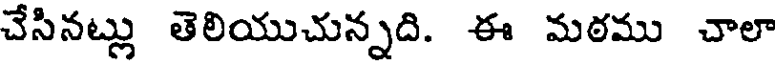
చేసినట్లు తెలియుచున్నది. ఈ మఠము చాలా